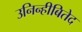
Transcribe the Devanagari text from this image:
उनिन्हीबितेद